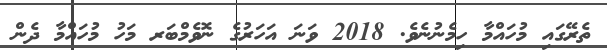
ތެރޭގައި މުހައްމާ ހިމެނުނެވެ. 2018 ވަނަ އަހަރުގެ ނޮވެމްބަރ މަހު މުހައްމާ ދެން